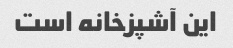
این آشپزخانه است